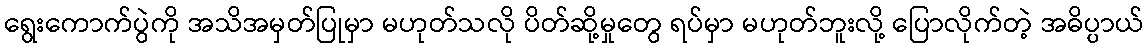
ရွေးကောက်ပွဲကို အသိအမှတ်ပြုမှာ မဟုတ်သလို ပိတ်ဆို့မှုတွေ ရပ်မှာ မဟုတ်ဘူးလို့ ပြောလိုက်တဲ့ အဓိပ္ပာယ်